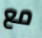
مع